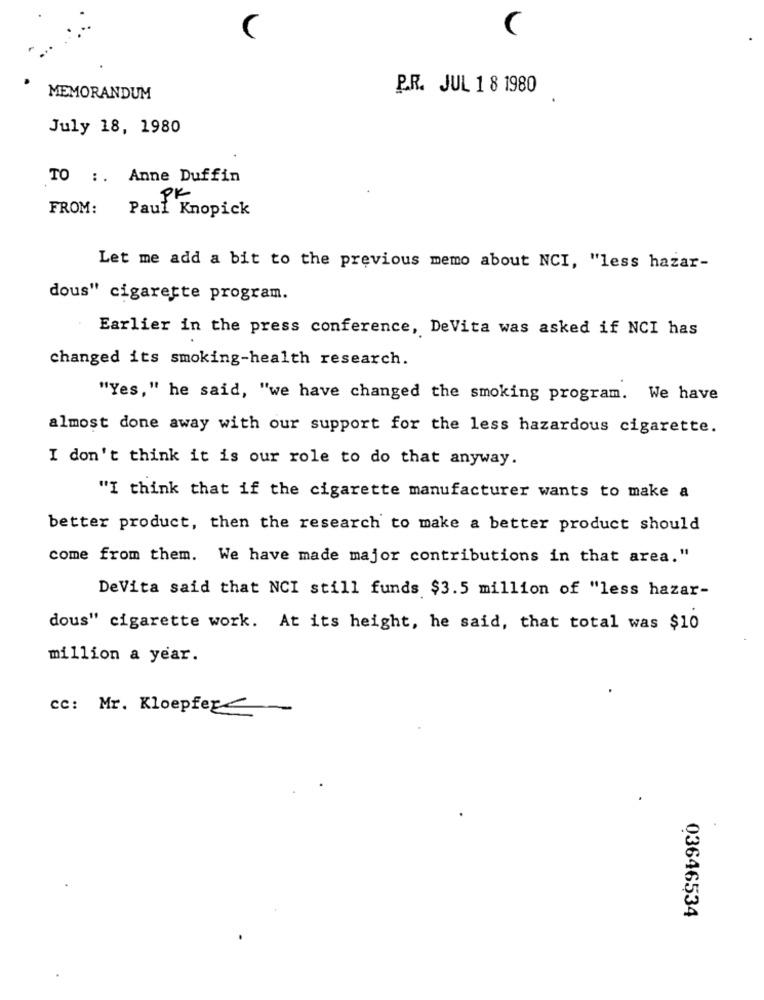
P.R. JUL 1 8 1980
MEMORANDUM
July 18, 1980
TO :. Anne Duffin
PK
FROM:
Paul Knopick
Let me add a bit to the previous memo about NCI, "less hazar-
dous" cigarette program.
Earlier in the press conference, DeVita was asked if NCI has
changed its smoking-health research.
"Yes," he said, "we have changed the smoking program. We have
almost done away with our support for the less hazardous cigarette.
I don't think it is our role to do that anyway.
"I think that if the cigarette manufacturer wants to make a
better product, then the research to make a better product should
come from them. We have made major contributions in that area."
DeVita said that NCI still funds $3.5 million of "less hazar-
dous" cigarette work. At its height, he said, that total was $10
million a year.
cc: Mr. Kloepfer
03646534